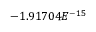
- 1 . 9 1 7 0 4 E ^ { - 1 5 }